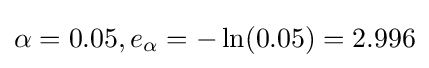
\alpha =0.05,e_{\alpha }=-\ln(0.05)=2.996